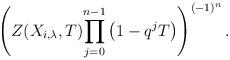
LaTeX: \begin{gather*} \left( {Z(X_{i,\lambda},T)}{\prod_{j=0}^{n-1} \big(1-q^jT\big)} \right)^{(-1)^n}.\end{gather*}